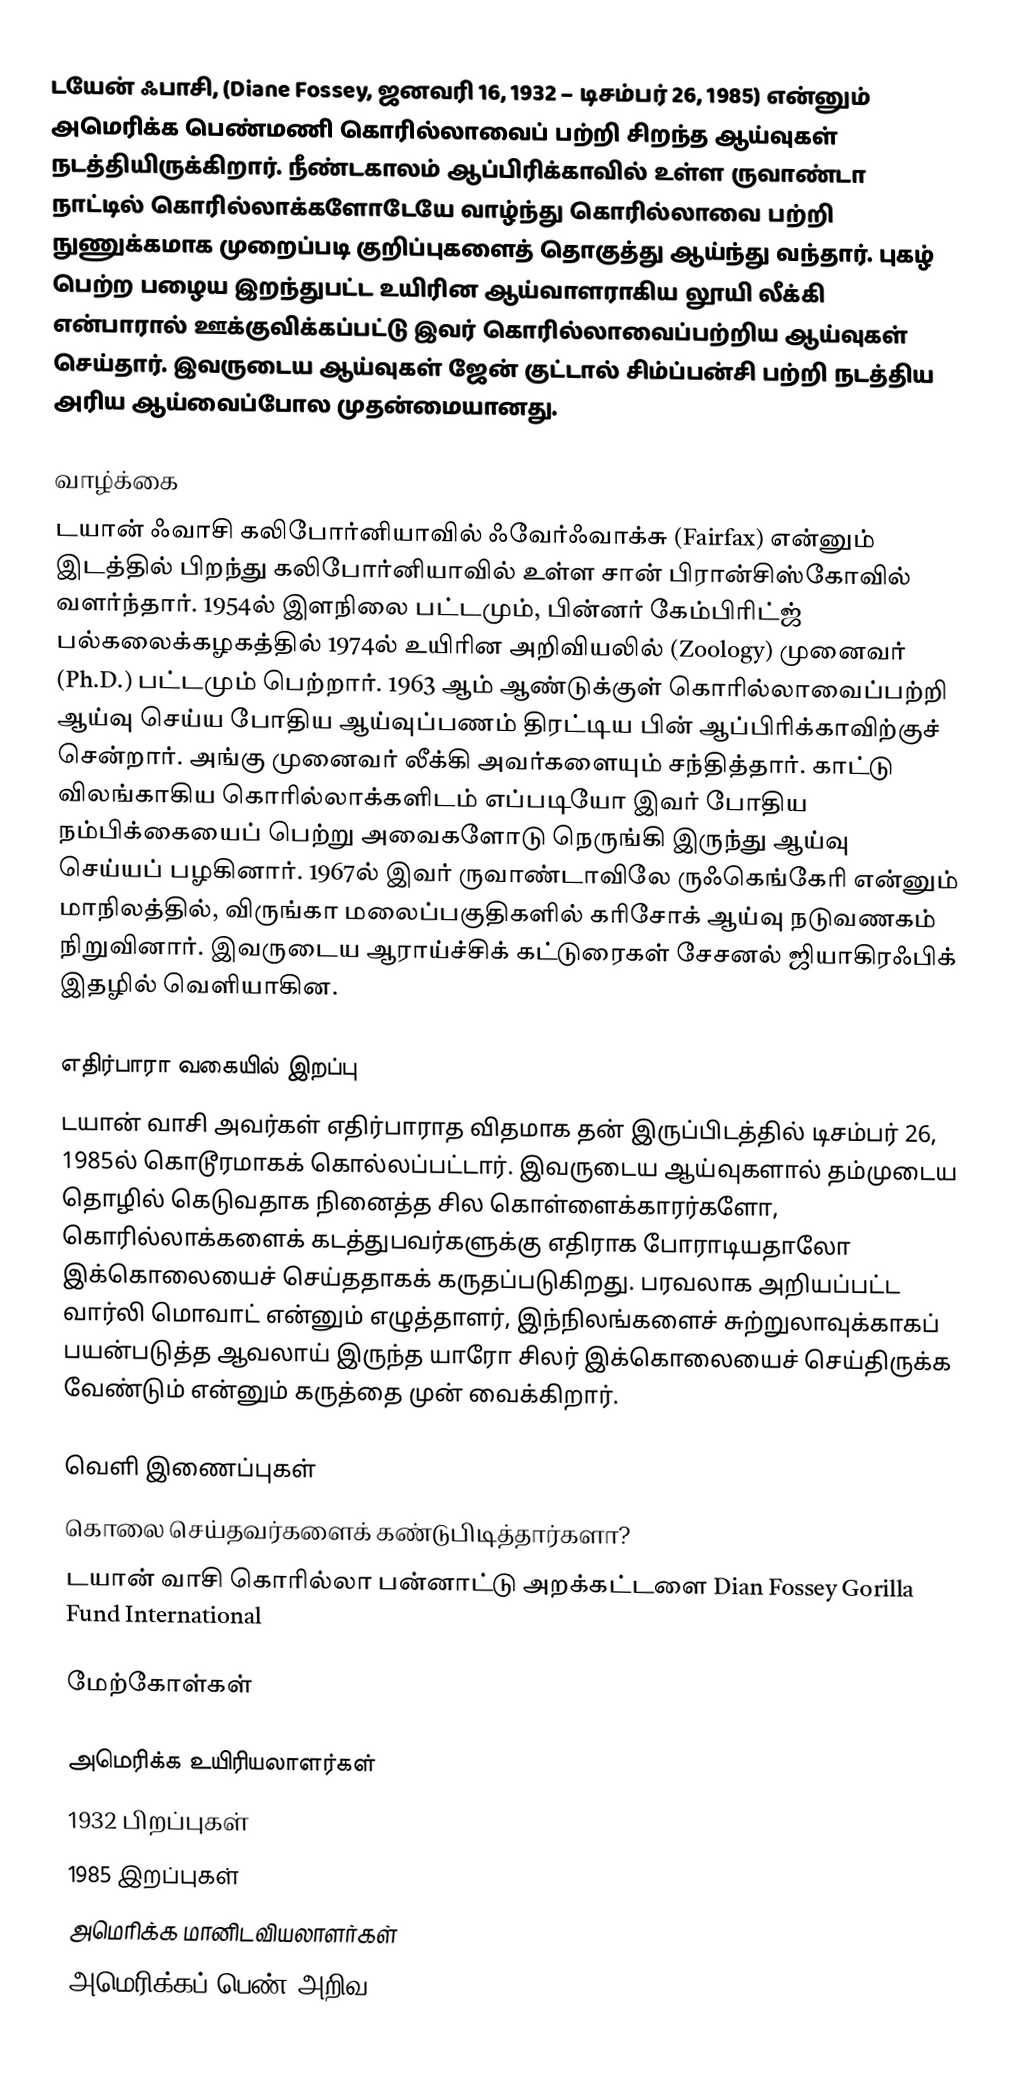
டயேன் ஃபாசி, (Diane Fossey, ஜனவரி 16, 1932 – டிசம்பர் 26, 1985) என்னும் அமெரிக்க பெண்மணி கொரில்லாவைப் பற்றி சிறந்த ஆய்வுகள் நடத்தியிருக்கிறார். நீண்டகாலம் ஆப்பிரிக்காவில் உள்ள ருவாண்டா நாட்டில் கொரில்லாக்களோடேயே வாழ்ந்து கொரில்லாவை பற்றி நுணுக்கமாக முறைப்படி குறிப்புகளைத் தொகுத்து ஆய்ந்து வந்தார். புகழ் பெற்ற பழைய இறந்துபட்ட உயிரின ஆய்வாளராகிய லூயி லீக்கி என்பாரால் ஊக்குவிக்கப்பட்டு இவர் கொரில்லாவைப்பற்றிய ஆய்வுகள் செய்தார். இவருடைய ஆய்வுகள் ஜேன் குட்டால் சிம்ப்பன்சி பற்றி நடத்திய அரிய ஆய்வைப்போல முதன்மையானது.

வாழ்க்கை
டயான் ஃவாசி கலிபோர்னியாவில் ஃவேர்ஃவாக்சு (Fairfax) என்னும் இடத்தில் பிறந்து கலிபோர்னியாவில் உள்ள சான் பிரான்சிஸ்கோவில் வளர்ந்தார். 1954ல் இளநிலை பட்டமும், பின்னர் கேம்பிரிட்ஜ் பல்கலைக்கழகத்தில் 1974ல் உயிரின அறிவியலில் (Zoology) முனைவர் (Ph.D.) பட்டமும் பெற்றார். 1963 ஆம் ஆண்டுக்குள் கொரில்லாவைப்பற்றி ஆய்வு செய்ய போதிய ஆய்வுப்பணம் திரட்டிய பின் ஆப்பிரிக்காவிற்குச் சென்றார். அங்கு முனைவர் லீக்கி அவர்களையும் சந்தித்தார். காட்டு விலங்காகிய கொரில்லாக்களிடம் எப்படியோ இவர் போதிய நம்பிக்கையைப் பெற்று அவைகளோடு நெருங்கி இருந்து ஆய்வு செய்யப் பழகினார். 1967ல் இவர் ருவாண்டாவிலே ருஃகெங்கேரி என்னும் மாநிலத்தில், விருங்கா மலைப்பகுதிகளில் கரிசோக் ஆய்வு நடுவணகம் நிறுவினார். இவருடைய ஆராய்ச்சிக் கட்டுரைகள் சேசனல் ஜியாகிரஃபிக் இதழில் வெளியாகின.

எதிர்பாரா வகையில் இறப்பு
டயான் வாசி அவர்கள் எதிர்பாராத விதமாக தன் இருப்பிடத்தில் டிசம்பர் 26, 1985ல் கொடூரமாகக் கொல்லப்பட்டார். இவருடைய ஆய்வுகளால் தம்முடைய தொழில் கெடுவதாக நினைத்த சில கொள்ளைக்காரர்களோ, கொரில்லாக்களைக் கடத்துபவர்களுக்கு எதிராக  போராடியதாலோ  இக்கொலையைச் செய்ததாகக் கருதப்படுகிறது. பரவலாக அறியப்பட்ட வார்லி மொவாட் என்னும் எழுத்தாளர், இந்நிலங்களைச் சுற்றுலாவுக்காகப் பயன்படுத்த ஆவலாய் இருந்த யாரோ சிலர் இக்கொலையைச் செய்திருக்க வேண்டும் என்னும் கருத்தை முன் வைக்கிறார்.

வெளி இணைப்புகள்
 கொலை செய்தவர்களைக் கண்டுபிடித்தார்களா?
 டயான் வாசி கொரில்லா பன்னாட்டு அறக்கட்டளை Dian Fossey Gorilla Fund International

மேற்கோள்கள்

அமெரிக்க உயிரியலாளர்கள்
1932 பிறப்புகள்
1985 இறப்புகள்
அமெரிக்க மானிடவியலாளர்கள்
அமெரிக்கப் பெண் அறிவ